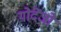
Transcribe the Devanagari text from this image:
गोदेंजो